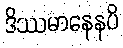
ဒိဿမာနေနပိ